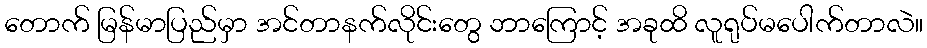
တောက် မြန်မာပြည်မှာ အင်တာနက်လိုင်းတွေ ဘာကြောင့် အခုထိ လူရုပ်မပေါက်တာလဲ။